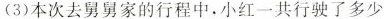
(3)本次去舅舅家的行程中，小红一共行驶了多少